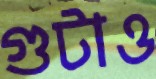
গুটাও